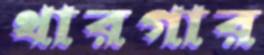
থারগার